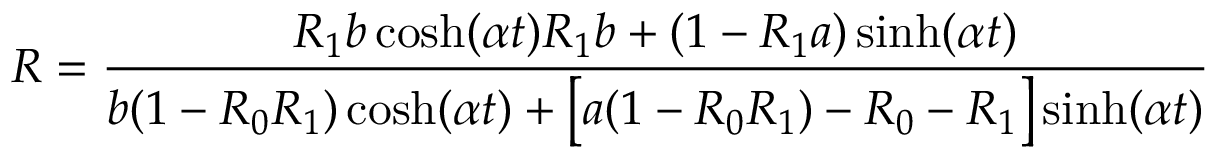
R = \frac { R _ { 1 } b \cosh ( \alpha t ) R _ { 1 } b + ( 1 - R _ { 1 } a ) \sinh ( \alpha t ) } { b ( 1 - R _ { 0 } R _ { 1 } ) \cosh ( \alpha t ) + \big [ a ( 1 - R _ { 0 } R _ { 1 } ) - R _ { 0 } - R _ { 1 } \big ] \sinh ( \alpha t ) }